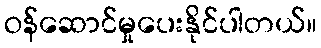
ဝန်ဆောင်မှုပေးနိုင်ပါတယ်။